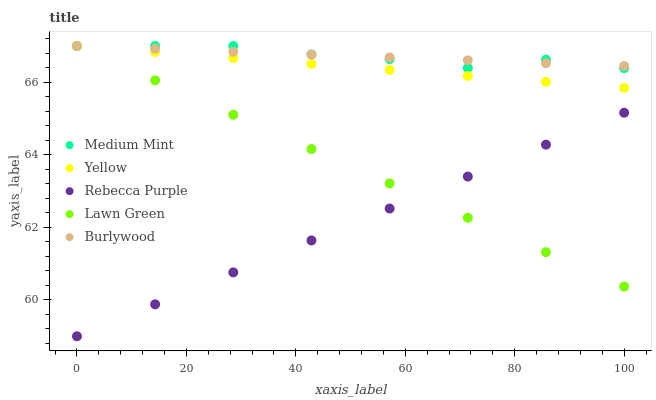
| xaxis_label | Medium Mint | Yellow | Rebecca Purple | Lawn Green | Burlywood |
 | --- | --- | --- | --- | --- | --- |
 | 0 | 67 | 67 | 59 | 67 | 67 |
 | 14.3 | 67 | 66.8 | 59.9 | 66.1 | 66.9 |
 | 28.6 | 67 | 66.7 | 60.8 | 65.1 | 66.8 |
 | 42.9 | 66.8 | 66.5 | 61.6 | 64.2 | 66.8 |
 | 57.1 | 66.6 | 66.3 | 62.5 | 63.2 | 66.7 |
 | 71.4 | 66.4 | 66.2 | 63.4 | 62.3 | 66.6 |
 | 85.7 | 66.6 | 66 | 64.3 | 61.3 | 66.5 |
 | 100 | 66.4 | 65.8 | 65.2 | 60.4 | 66.4 |